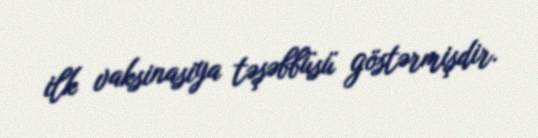
ilk vaksinasiya təşəbbüsü göstərmişdir.